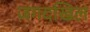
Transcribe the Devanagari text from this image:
जगदखिल